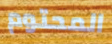
المحتوم